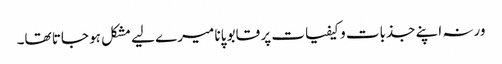
ورنہ اپنے جذبات و کیفیات پر قابو پانا میرے لیے مشکل ہو جاتا تھا۔